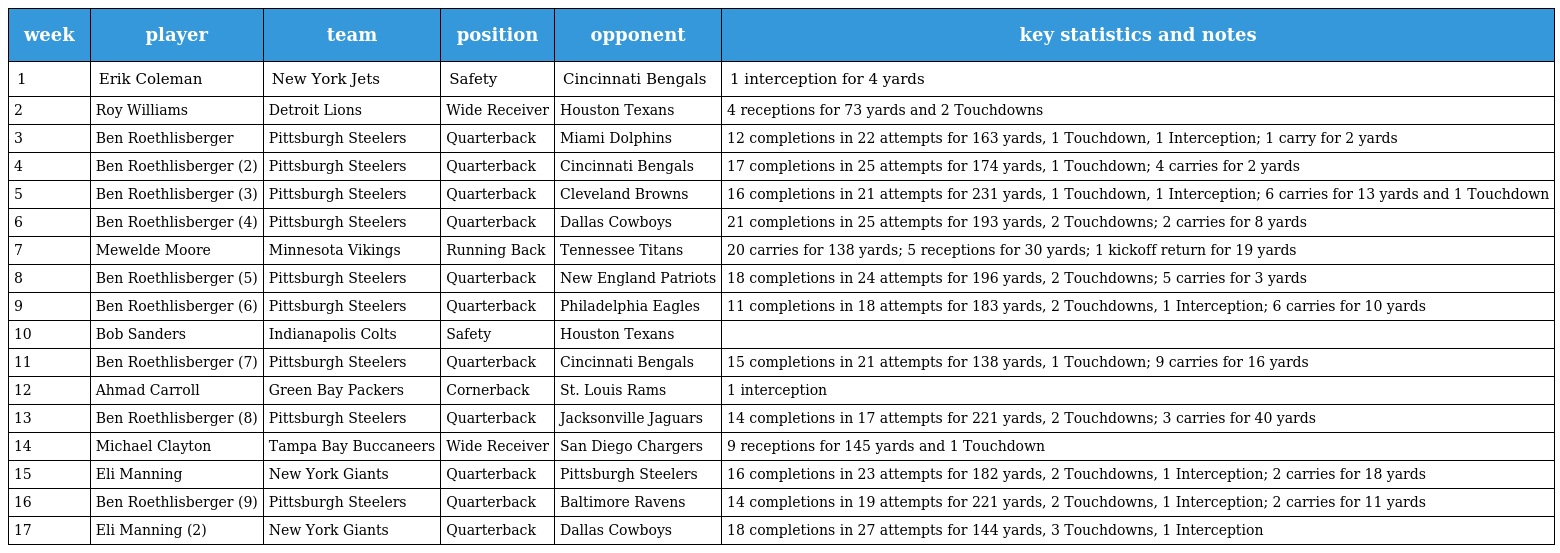
| week | player | team | position | opponent | key statistics and notes |
 | --- | --- | --- | --- | --- | --- |
 | 1 | Erik Coleman | New York Jets | Safety | Cincinnati Bengals | 1 interception for 4 yards |
 | 2 | Roy Williams | Detroit Lions | Wide Receiver | Houston Texans | 4 receptions for 73 yards and 2 Touchdowns |
 | 3 | Ben Roethlisberger | Pittsburgh Steelers | Quarterback | Miami Dolphins | 12 completions in 22 attempts for 163 yards, 1 Touchdown, 1 Interception; 1 carry for 2 yards |
 | 4 | Ben Roethlisberger (2) | Pittsburgh Steelers | Quarterback | Cincinnati Bengals | 17 completions in 25 attempts for 174 yards, 1 Touchdown; 4 carries for 2 yards |
 | 5 | Ben Roethlisberger (3) | Pittsburgh Steelers | Quarterback | Cleveland Browns | 16 completions in 21 attempts for 231 yards, 1 Touchdown, 1 Interception; 6 carries for 13 yards and 1 Touchdown |
 | 6 | Ben Roethlisberger (4) | Pittsburgh Steelers | Quarterback | Dallas Cowboys | 21 completions in 25 attempts for 193 yards, 2 Touchdowns; 2 carries for 8 yards |
 | 7 | Mewelde Moore | Minnesota Vikings | Running Back | Tennessee Titans | 20 carries for 138 yards; 5 receptions for 30 yards; 1 kickoff return for 19 yards |
 | 8 | Ben Roethlisberger (5) | Pittsburgh Steelers | Quarterback | New England Patriots | 18 completions in 24 attempts for 196 yards, 2 Touchdowns; 5 carries for 3 yards |
 | 9 | Ben Roethlisberger (6) | Pittsburgh Steelers | Quarterback | Philadelphia Eagles | 11 completions in 18 attempts for 183 yards, 2 Touchdowns, 1 Interception; 6 carries for 10 yards |
 | 10 | Bob Sanders | Indianapolis Colts | Safety | Houston Texans |  |
 | 11 | Ben Roethlisberger (7) | Pittsburgh Steelers | Quarterback | Cincinnati Bengals | 15 completions in 21 attempts for 138 yards, 1 Touchdown; 9 carries for 16 yards |
 | 12 | Ahmad Carroll | Green Bay Packers | Cornerback | St. Louis Rams | 1 interception |
 | 13 | Ben Roethlisberger (8) | Pittsburgh Steelers | Quarterback | Jacksonville Jaguars | 14 completions in 17 attempts for 221 yards, 2 Touchdowns; 3 carries for 40 yards |
 | 14 | Michael Clayton | Tampa Bay Buccaneers | Wide Receiver | San Diego Chargers | 9 receptions for 145 yards and 1 Touchdown |
 | 15 | Eli Manning | New York Giants | Quarterback | Pittsburgh Steelers | 16 completions in 23 attempts for 182 yards, 2 Touchdowns, 1 Interception; 2 carries for 18 yards |
 | 16 | Ben Roethlisberger (9) | Pittsburgh Steelers | Quarterback | Baltimore Ravens | 14 completions in 19 attempts for 221 yards, 2 Touchdowns, 1 Interception; 2 carries for 11 yards |
 | 17 | Eli Manning (2) | New York Giants | Quarterback | Dallas Cowboys | 18 completions in 27 attempts for 144 yards, 3 Touchdowns, 1 Interception |